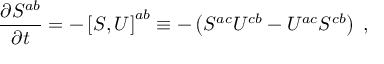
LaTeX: \frac { \partial S ^ { a b } } { \partial t } = - \left[ S , U \right] ^ { a b } \equiv - \left( S ^ { a c } U ^ { c b } - U ^ { a c } S ^ { c b } \right) \; ,